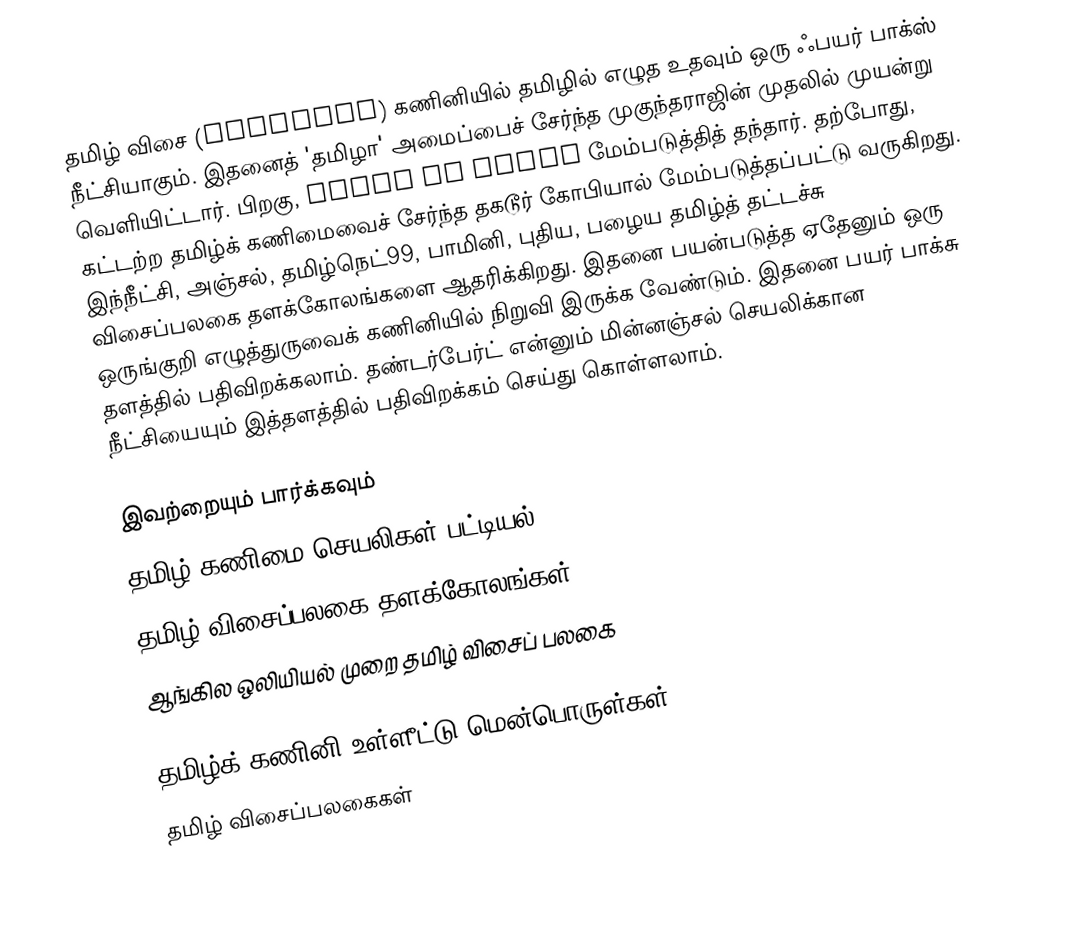
தமிழ் விசை (TamilKey) கணினியில் தமிழில் எழுத உதவும் ஒரு ஃபயர் பாக்ஸ் நீட்சியாகும். இதனைத் 'தமிழா' அமைப்பைச் சேர்ந்த முகுந்தராஜின் முதலில் முயன்று வெளியிட்டார். பிறகு, Voice on Wings மேம்படுத்தித் தந்தார். தற்போது, கட்டற்ற தமிழ்க் கணிமைவைச் சேர்ந்த தகடூர் கோபியால் மேம்படுத்தப்பட்டு வருகிறது. இந்நீட்சி, அஞ்சல், தமிழ்நெட்99, பாமினி, புதிய, பழைய தமிழ்த் தட்டச்சு விசைப்பலகை தளக்கோலங்களை ஆதரிக்கிறது. இதனை பயன்படுத்த ஏதேனும் ஒரு ஒருங்குறி எழுத்துருவைக் கணினியில் நிறுவி இருக்க வேண்டும். இதனை பயர் பாக்சு தளத்தில் பதிவிறக்கலாம். தண்டர்பேர்ட் என்னும் மின்னஞ்சல் செயலிக்கான நீட்சியையும் இத்தளத்தில் பதிவிறக்கம் செய்து கொள்ளலாம்.

இவற்றையும் பார்க்கவும்
 தமிழ் கணிமை செயலிகள் பட்டியல்
 தமிழ் விசைப்பலகை தளக்கோலங்கள்
 ஆங்கில ஒலியியல் முறை தமிழ் விசைப் பலகை

தமிழ்க் கணினி உள்ளீட்டு மென்பொருள்கள்
தமிழ் விசைப்பலகைகள்